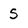
Character: 5